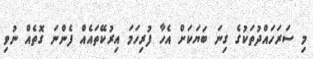
މި ސަރަހައްދުތަކުގެ ގިނަ ބަޔަކަށް އެހާ ފުރިހަމަ އިރުކޭތައެއް ފެންނަ ގޮތެއް ނުވި